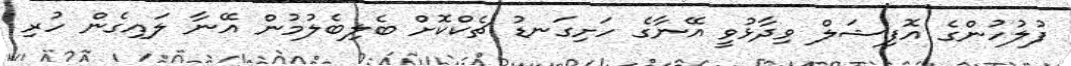
ފުލުހުންގެ އޮފިޝަލް ވިދާޅުވީ އޭނާގެ ހަށިގަނޑު ޗެކްކޮށް ބެލިބެލުމުން އޭނާ ލައިގެން ހުރި